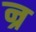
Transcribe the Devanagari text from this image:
न्र